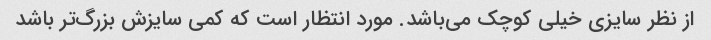
از نظر سایزی خیلی کوچک می‌باشد. مورد انتظار است که کمی سایزش بزرگ‌تر باشد